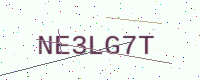
Text: NE3LG7T